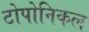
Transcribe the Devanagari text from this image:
टोपोनिकल